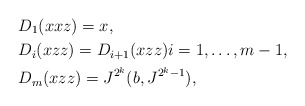
\begin{align*} & D_1(xxz) = x, \\ & D_i(xzz) = D_{i+1}(xzz) i=1,\dots,m-1, \\ & D_m(xzz) = J^{2^{k}}(b,J^{2^{k}-1}),\end{align*}